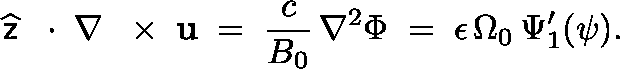
\widehat { \sf z } \, \mathrm { ~ \boldmath ~ \cdot ~ } \, \nabla \, \mathrm { ~ \boldmath ~ \times ~ } \, { \bf u } \; = \; \frac { c } { B _ { 0 } } \, \nabla ^ { 2 } \Phi \; = \; \epsilon \, \Omega _ { 0 } \, \Psi _ { 1 } ^ { \prime } ( \psi ) .